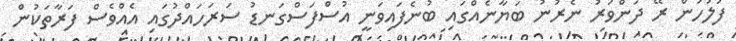
ފުލުހުން ރޭ ދަންވަރު ނެރުނު ބަޔާނެއްގައި ބުނެފައިވަނީ އުސްފަސްގަނޑު ސަރަހައްދުގައި އެއްވެސް ފަރާތަކުން